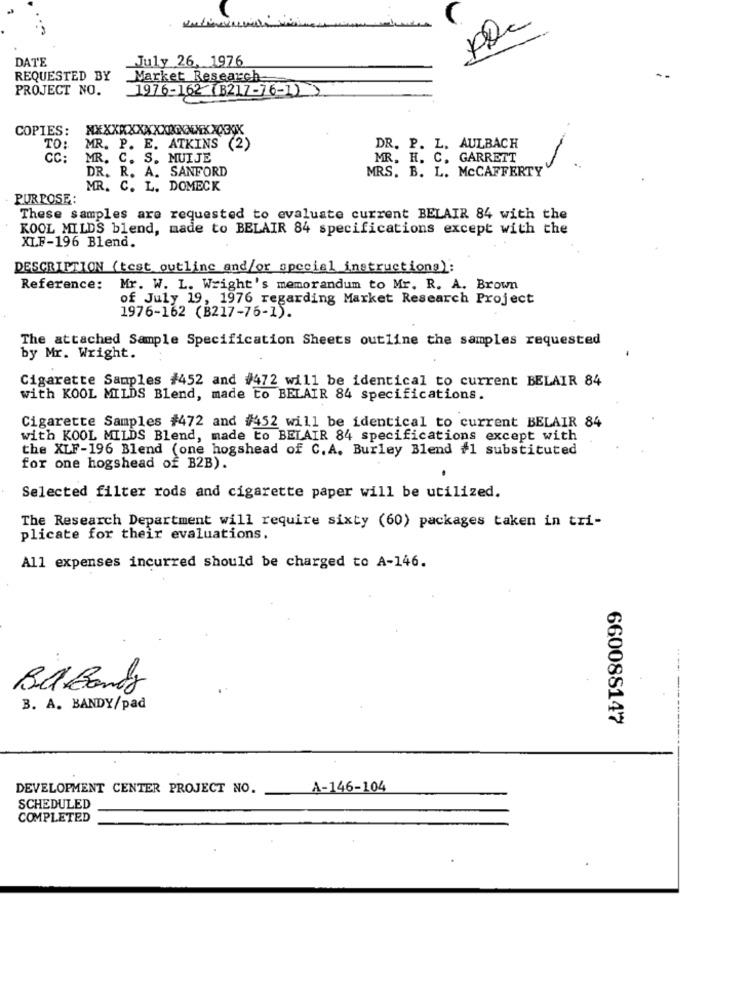
plc
DATE
July 26, 1976
REQUESTED BY
Market Research
PROJECT NO.
1976-162 (B217-76-122
COPIES: XXXXXXXXXXXXXXXXXXXXX
TO:
MR. P. E. ATKINS (2)
DR. P. L. AULBACH
MR. C. S. MUIJE
MR. H. C. GARRETT
DR. R. A. SANFORD
MRS. B. L. MCCAFFERTY
MR. C. L. DOMECK
PURPOSE:
These samples are requested to evaluate current BELAIR 84 with the
KOOL MILDS blend, made to BELAIR 84 specifications except with the
XLF-196 Blend.
DESCRIPTION (test outline and/or special instructions):
Reference:
Mr. W. L. Wright's memorandum to Mr. R. A. Brown
of July 19, 1976 regarding Market Research Project
1976-162 (B217-76-1).
The attached Sample Specification Sheets outline the samples requested
by Mr. Wright.
Cigarette Samples #452 and #472 will be identical to current BELAIR 84
with KOOL MILDS Blend, made to BELAIR 84 specifications.
Cigarette Samples #472 and #452 will be identical to current BELAIR 84
with KOOL MILDS Blend, made to BELAIR 84 specifications except with
the XLF-196 Blend (one hogshead of C. A. Burley Blend #1 substituted
for one hogshead of B2B).
Selected filter rods and cigarette paper will be utilized.
The Research Department will require sixty (60) packages taken in tri-
plicate for their evaluations.
All expenses incurred should be charged to A-146.
...
B. A. BANDY/pad
660088147
DEVELOPMENT CENTER PROJECT NO.
A-146- 104
SCHEDULED
COMPLETED